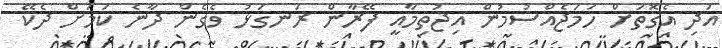
އަދި އެގޮތަށް ހަމަޖެއްސުމުން އިޖުތިމާއީ ފޭރާން ރަނގަޅު ވެގެން ދާނެ ކަމަށް ދެކޭ